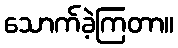
သောက်ခဲ့ကြတာ။